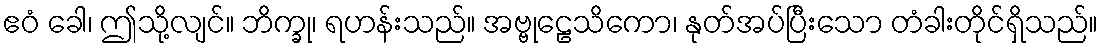
ဧဝံ ခေါ၊ ဤသို့လျင်။ ဘိက္ခု၊ ရဟန်းသည်။ အဗ္ဗုဠေသိကော၊ နုတ်အပ်ပြီးသော တံခါးတိုင်ရှိသည်။